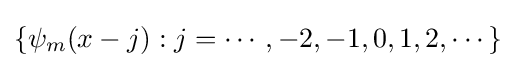
\{\psi _{m}(x-j):j=\cdots ,-2,-1,0,1,2,\cdots \}